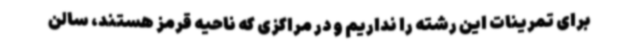
برای تمرینات این رشته را نداریم و در مراکزی که ناحیه قرمز هستند، سالن